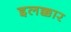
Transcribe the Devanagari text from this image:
इलक्कार